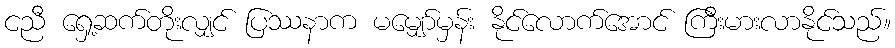
ငညီ ရှေ့ဆက်တိုးလျှင် ပြဿနာက မမျှော်မှန်း နိုင်လောက်အောင် ကြီးမားလာနိုင်သည်။